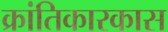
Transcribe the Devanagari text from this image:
क्रांतिकारकास